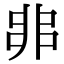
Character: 𠂼